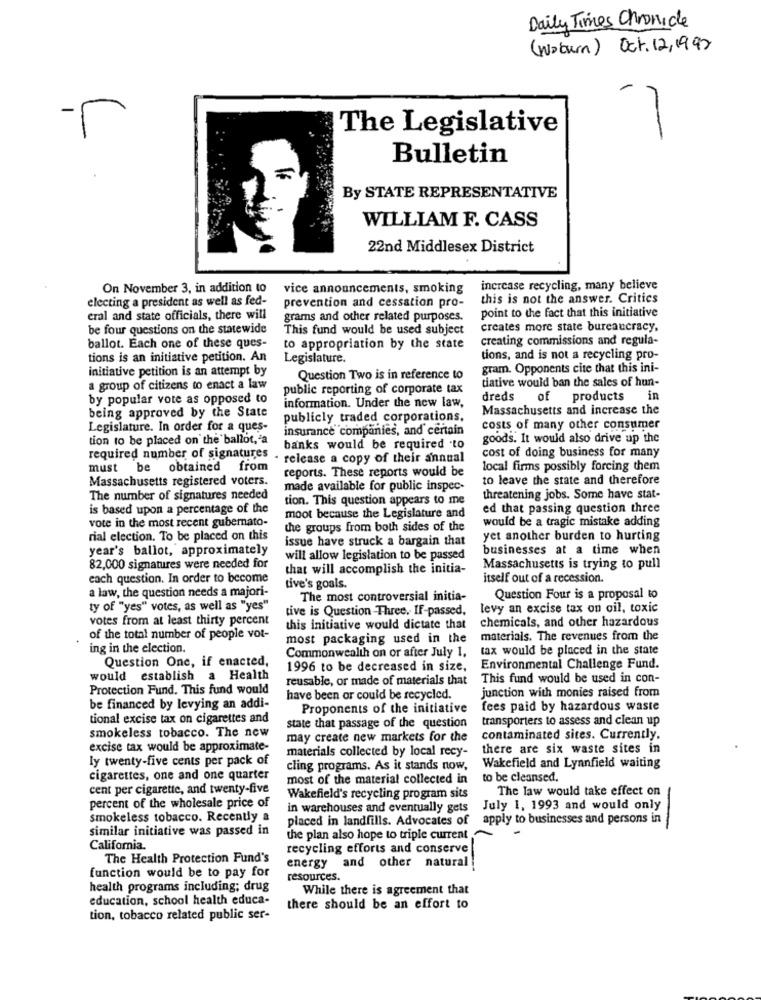
Daily Times Chronicle
(woburn) Oct. 12/1997
The Legislative
--
Bulletin
By STATE REPRESENTATIVE
WILLIAM F. CASS
22nd Middlesex District
On November 3, in addition to
vice announcements, smoking
increase recycling, many believe
electing a president as well as fed-
this is not the answer. Critics
prevention and cessation pro-
eral and state officials, there will
grams and other related purposes.
point to the fact that this initiative
be four questions on the statewide
This fund would be used subject
creates more state bureaucracy,
creating commissions and regula-
ballot. Each one of these ques-
to appropriation by the state
tions is an initiative petition. An
Legislature.
tions, and is not a recycling pro-
initiative petition is an attempt by
gram. Opponents cite that this ini-
Question Two is in reference to
a group of citizens to enact a law
public reporting of corporate tax
tiative would ban the sales of hun-
by popular vote as opposed to
dreds
of products
in
information. Under the new law,
Massachusetts and increase the
being approved by the State
publicly traded corporations,
Legislature. In order for a ques-
insurance companies, and certain
costs of many other consumer
tion to be placed on the ballot, 'a
goods. It would also drive up the
banks would be required to
cost of doing business for many
required number of signatures
- release a copy of their annual
must be obtained from
reports. These reports would be
local firms possibly forcing them
Massachusetts registered voters.
to leave the state and therefore
made available for public inspec-
The number of signatures needed
tion. This question appears to me
threatening jobs. Some have stat-
is based upon a percentage of the
ed that passing question three
vote in the most recent gubernato-
moot because the Legislature and
would be a tragic mistake adding
the groups from both sides of the
rial election. To be placed on this
issue have struck a bargain that
yet another burden to hurting
year's ballot, approximately
businesses at a time when
will allow legislation to be passed
82,000 signatures were needed for
that will accomplish the initia-
Massachusetts is trying to pull
each question. In order to become
itself out of a recession.
a law, the question needs a majori-
tive's goals.
The most controversial initia-
Question Four is a proposal to
ty of "yes" votes, as well as "yes"
tive is Question -Three, IF-passed,
levy an excise tax on oil, toxic
votes from at least thirty percent
chemicals, and other hazardous
this initiative would dictate that
of the total number of people vot-
most packaging used in the
materials. The revenues from the
ing in the election.
tax would be placed in the state
Question One, if enacted,
Commonwealth on or after July 1,
1996 to be decreased in size,
Environmental Challenge Fund.
would establish a Health
reusable, or made of materials that
This fund would be used in con-
Protection Fund. This fund would
junction with monies raised from
have been or could be recycled.
be financed by levying an addi-
Proponents of the initiative
fees paid by hazardous waste
tional excise tax on cigarettes and
transporters to assess and clean up
smokeless tobacco. The new
state that passage of the question
may create new markets for the
contaminated sites. Currently.
excise tax would be approximate-
materials collected by local recy-
there are six waste sites in
ly twenty-five cents per pack of
cling programs. As it stands now, Wakefield and Lynnfield waiting
cigarettes, one and one quarter
most of the material collected in
to be cleansed.
cent per cigarette, and twenty-five
The law would take effect on
percent of the wholesale price of
Wakefield's recycling program sits
in warehouses and eventually gets
July 1, 1993 and would only
smokeless tobacco. Recently a
placed in landfills. Advocates of
apply to businesses and persons in
similar initiative was passed in
the plan also hope to triple current
California.
recycling efforts and conserve
The Health Protection Fund's
function would be to pay for
energy and other natural
resources.
health programs including; drug
While there is agreement that
education, school health educa-
there should be an effort to
tion, tobacco related public ser-